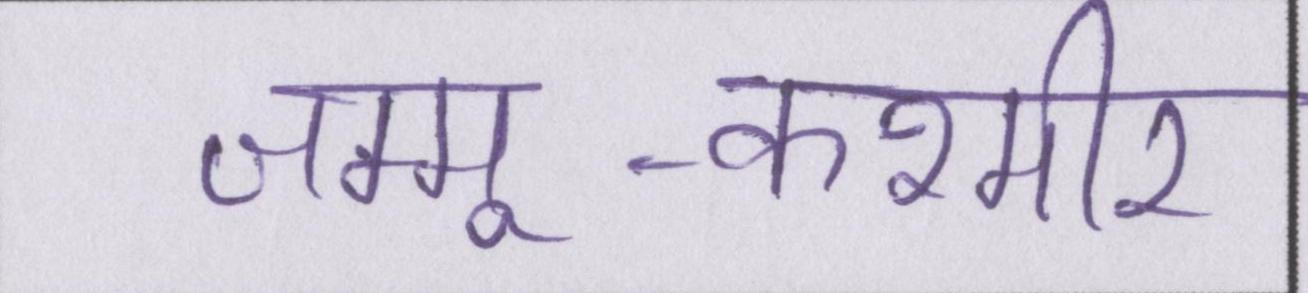
जम्मू-कश्मीर